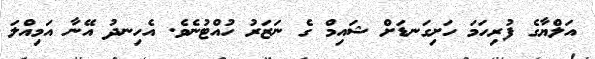
އަލްޔާގެ ފުރިހަމަ ހަށިގަނޑަށް ޝައިމް ގެ ނަޒަރު ހުއްޓުނެވެ. އެހިނދު އޭނާ އަމިއްލަ